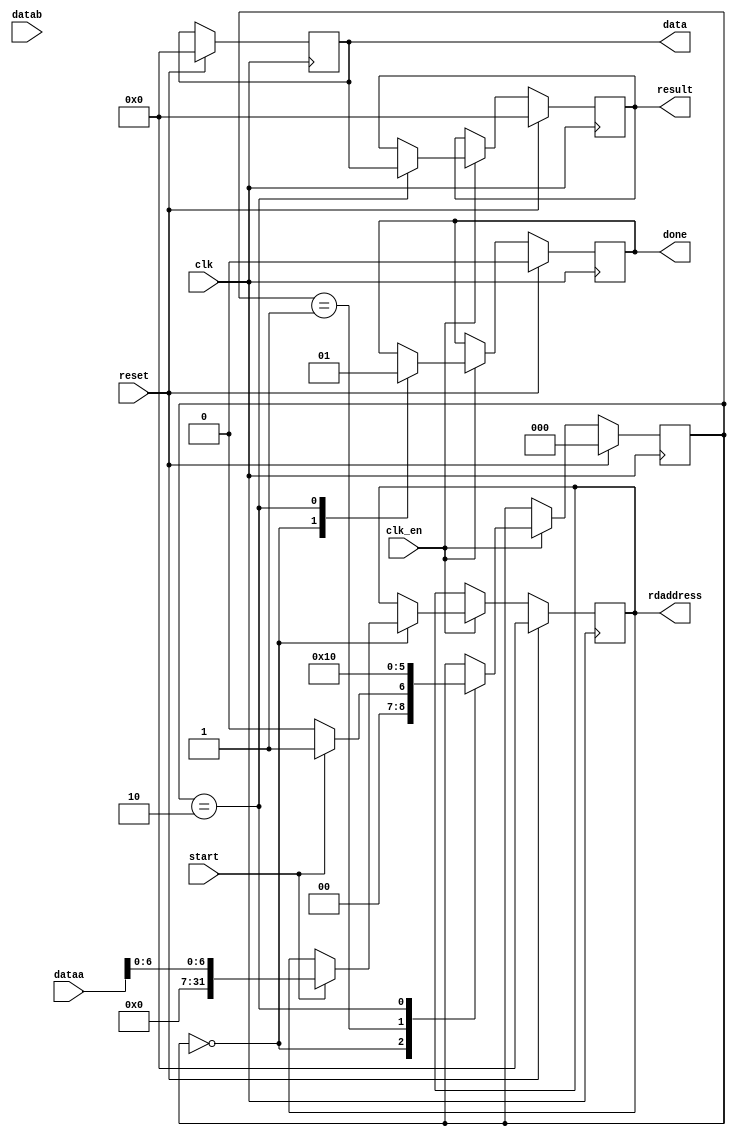
module readCoprocessador(dataa, datab, clk, clk_en, reset, start, result, done, data, rdaddress);
	input [31:0] dataa; // endereo da memoria
	input [31:0] datab; // n vai ser usado mas tem que ter pq  parametro da custom instruction
	input clk;
	input clk_en; 
	input reset;
	input start;
	output reg [31:0] result;// dado lido
	output reg done;
	output reg [31:0] data; //dado que vai ser lido na memria
	output reg [31:0] rdaddress; // endereo da memoria
	 
	reg [2:0] state;
	
	localparam IDLE    =2'b00;
	localparam READING =2'b01;
	localparam FINISH  =2'b10;
	
	always @ (posedge clk) begin
		if(reset) begin
			done <= 1'b0;
			result <= 32'd0;
			data <= 32'd0;
			rdaddress <= 6'd0;
			state <= IDLE;
		end
		else begin
			if(clk_en) begin
				case(state)
					IDLE: begin
						done <= 1'b0;
						if(start) begin
							state <= READING;
							rdaddress <= dataa[6:0];
						end
						else begin
							state <= IDLE;
						end
					end
					READING: begin
						state <= FINISH;
					end
					FINISH: begin
						done <= 1'b1;
						result <= data;
						state <= IDLE;
					end
				endcase
			end
		end
	end
endmodule